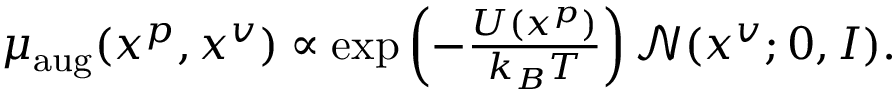
\begin{array} { r } { \textstyle \mu _ { \mathrm { a u g } } ( x ^ { p } , x ^ { v } ) \propto \exp \left( { - \frac { U ( x ^ { p } ) } { k _ { B } T } } \right) \mathcal { N } ( x ^ { v } ; 0 , I ) . } \end{array}